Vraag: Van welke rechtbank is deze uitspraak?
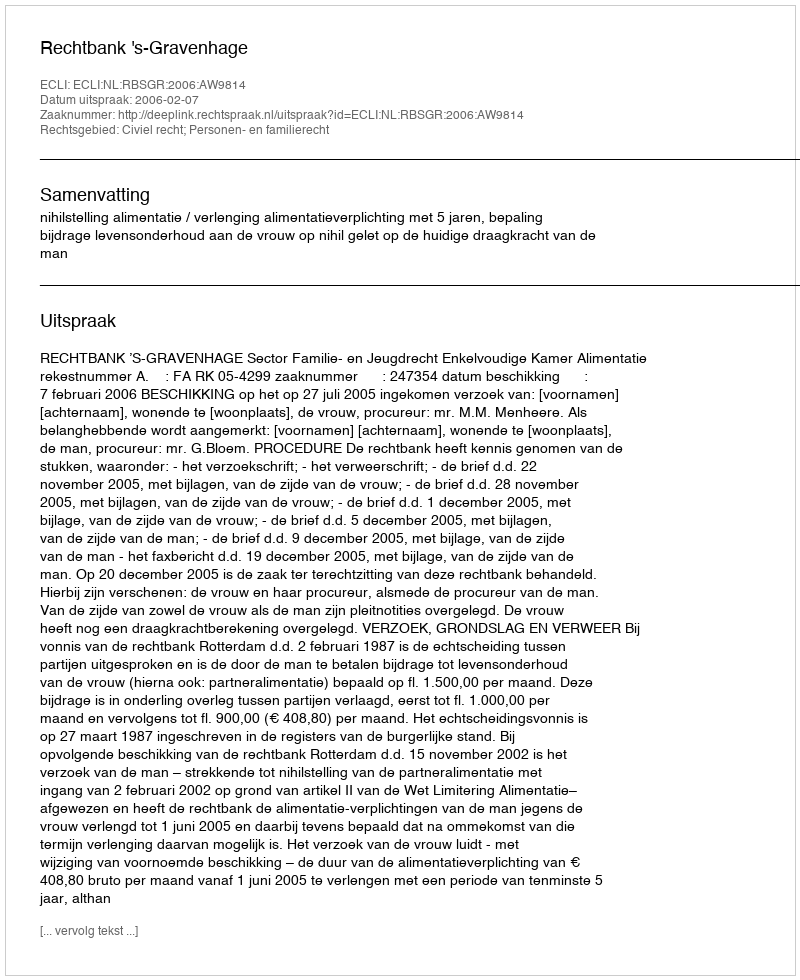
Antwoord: Rechtbank 's-Gravenhage